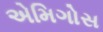
એમિગોસ